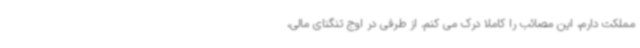
مملکت دارم، این مصائب را کاملا درک می کنم. از طرفی در اوج تنگنای مالی،